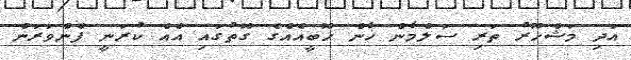
އަދި މަޝްހޫރު ތަރި ސަލްމާން ޚާން ހޮބީއެއްގެ ގޮތުގައި އެއް ކުރަނީ ފެންވަރަން